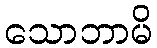
သောဘာမိ